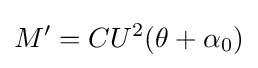
M'=CU^{2}(\theta +\alpha _{0})